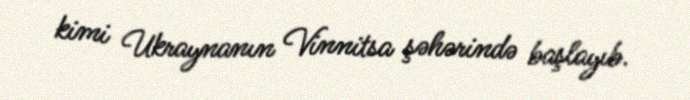
kimi Ukraynanın Vinnitsa şəhərində başlayıb.